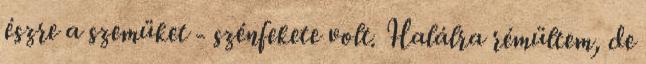
észre a szemüket - szénfekete volt. Halálra rémültem, de